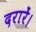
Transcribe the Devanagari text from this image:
दरारें।